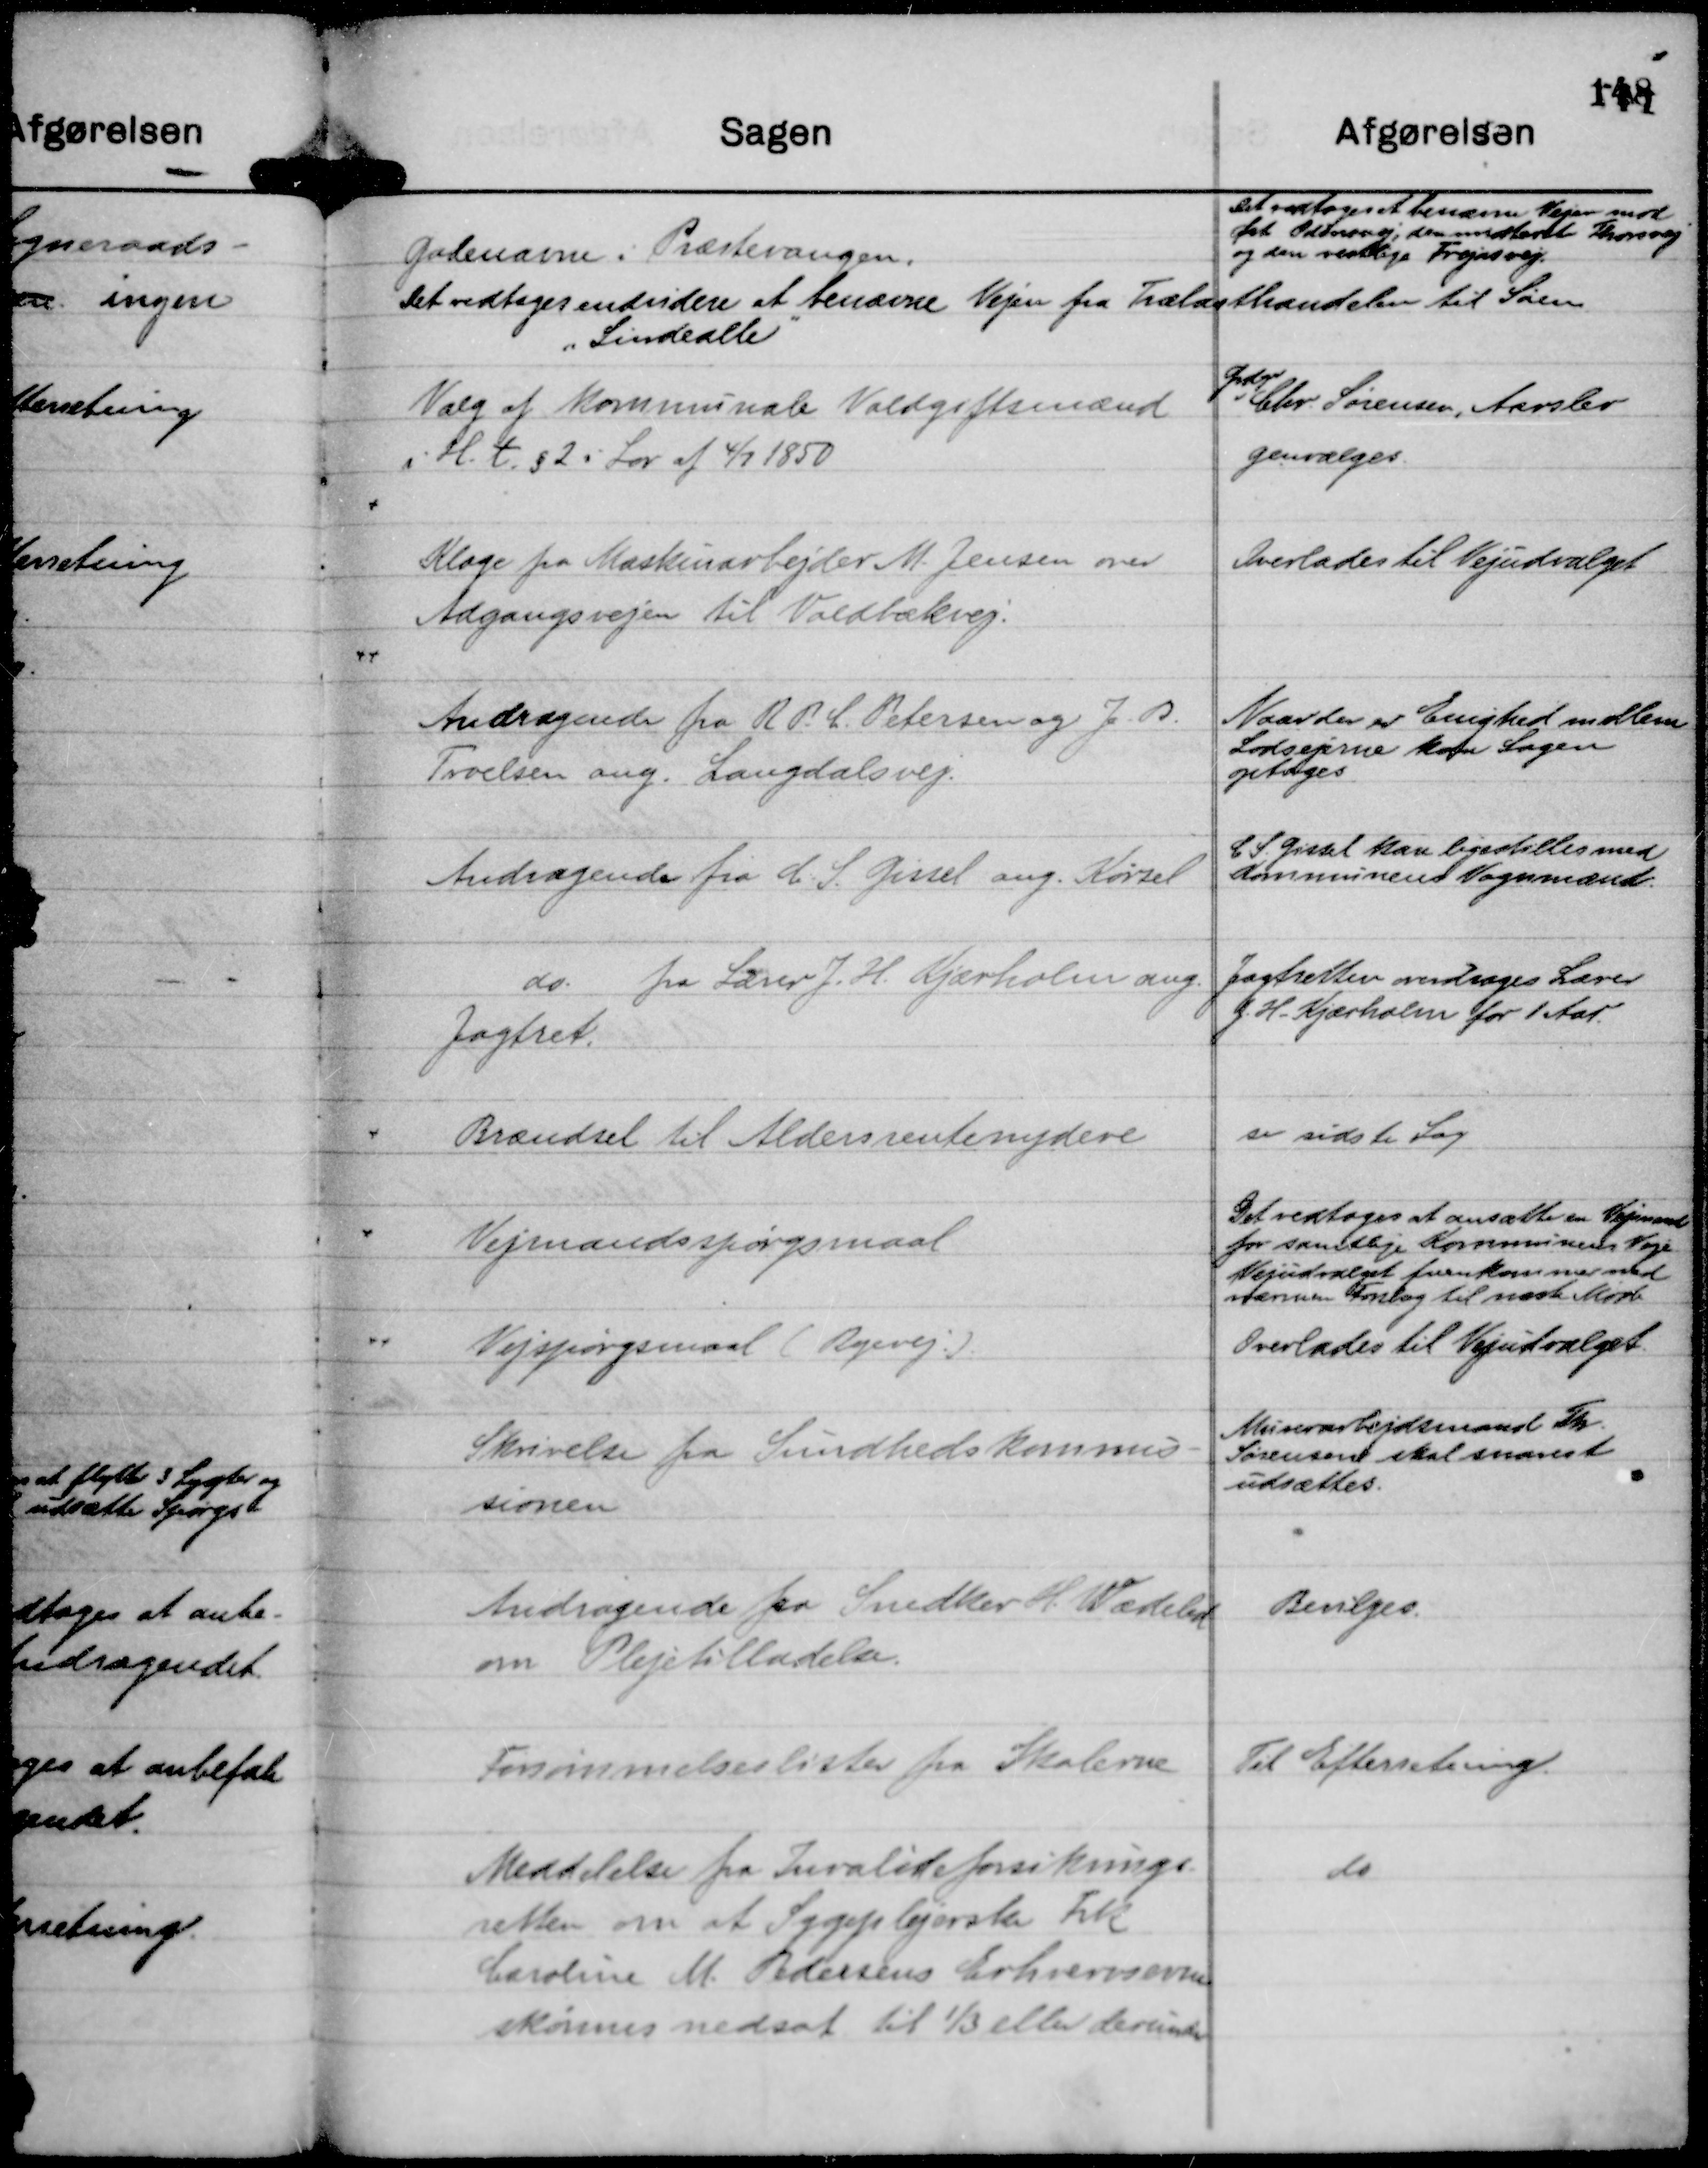
Transskription:
Gadenavne i Præstevangen.

Det vedtoges at benævne Vejen mod
Øst Odinsvej, den midterste Thorsvej
og den vestlige Frejasvej.
Det vedtages endvidere at benævne Vejen fra Trælasthandelen til Søen
"Lindealle"

Valg af kommunale Voldgiftsmænd
i H. t. § 2 i Lov af 4/7 1850

Grdejer
Chr. Sørensen, Aarslev
genvælges.

Klage fra Maskinarbejder M. Jensen over
Adgangsvejen til Voldbækvej.

Overlades til Vejudvalget

Andragende fra R P. C. Petersen og J. R.
Troelsen ang. Langdalsvej.

Naar der er Enighed mellem
Lodsejerne kan Sagen
optages.

Andragende fra C. S. Gissel ang. Kørsel

C. S. Gissel kan ligestilles med
Kommunens Vognmænd.

do. fra Lærer J. H. Kjærholm ang.
Jagtret.

Jagtretten overdrages Lærer
J. H. Kjærholm for 1 Aar.

Brændsel til Aldersrentenydere

se sidste Sag

Vejmandsspørgsmaal

Det vedtoges at ansætte en Vejmand
for samtlige Kommunens Veje.
Vejudvalget fremkommer med
nærmere Forslag til næste Møde

Vejspørgsmaal ( Ryevej. ).

Overlades til Vejudvalget.

Skrivelse fra Sundhedskommis-
sionen

Murerarbejdsmand Th.
Sørensen skal snarest
udsættes.

Andragende fra Snedker H. Wædeled
om Plejetilladelse.

Bevilges.

Forsømmelseslister fra skolerne

Til Efterretning.

Meddelelse fra Invalideforsikrings-
retten om at Sygeplejerske Frk
Caroline M. Pedersens Erhvervsevne
skønnes nedsat til ⅓ eller derunder

do